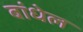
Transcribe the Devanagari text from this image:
बांधेल